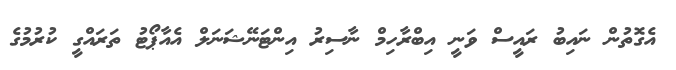
އެގޮތުން ނައިބު ރައީސް ވަނީ އިބްރާހިމް ނާސިރު އިންޓަނޭޝަނަލް އެއާޕޯޓު ތަރައްގީ ކުރުމުގެ